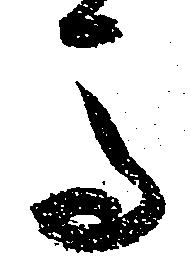
馬